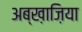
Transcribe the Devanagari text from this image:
अब्ख़ाज़िया